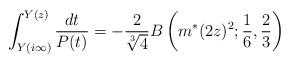
LaTeX: \begin{align*}\int^{Y(z)}_{Y(i\infty)}\frac{dt}{P(t)}=-\frac{2}{\sqrt[3]{4}}B\left(m^{*}(2z)^2;\frac{1}{6},\frac{2}{3}\right)\end{align*}